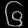
Digit: ၆